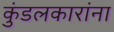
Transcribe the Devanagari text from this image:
कुंडलकारांना